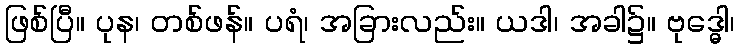
ဖြစ်ပြီ။ ပုန၊ တစ်ဖန်။ ပရံ၊ အခြားလည်း။ ယဒါ၊ အခါ၌။ ဗုဒ္ဓေါ၊